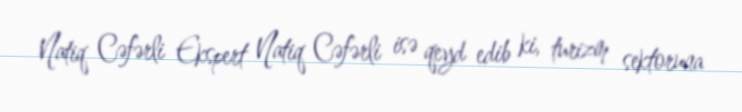
Natiq Cəfərli Ekspert Natiq Cəfərli isə qeyd edib ki, turizm sektoruna